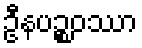
ဦနပဉ္စဝဿာ